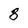
Character: 8